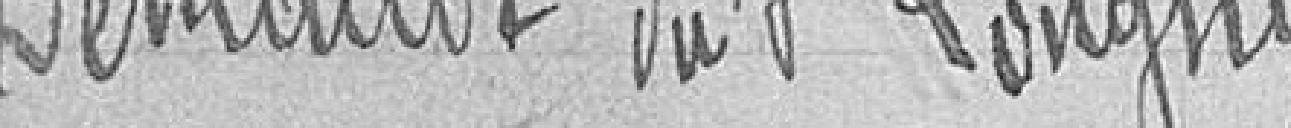
Demande de Monsieur Longhy